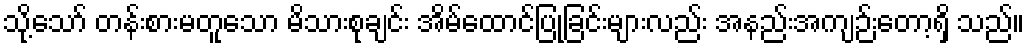
သို့သော် တန်းစားမတူသော မိသားစုချင်း အိမ်ထောင်ပြုခြင်းများလည်း အနည်းအကျဉ်းတော့ရှိ သည်။